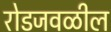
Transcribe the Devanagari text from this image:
रोडजवळील